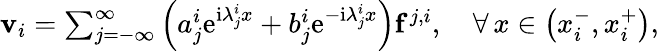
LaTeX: \begin{array}{r}{\mathbf{v}_{i}=\sum_{j=-\infty}^{\infty}\left(a_{j}^{i}\mathrm{e}^{\mathrm{i}\lambda_{j}^{i}x}+b_{j}^{i}\mathrm{e}^{-\mathrm{i}\lambda_{j}^{i}x}\right)\mathbf{f}^{j,i},\quad\forall\, x\in\left(x_{i}^{-},x_{i}^{+}\right),}\end{array}